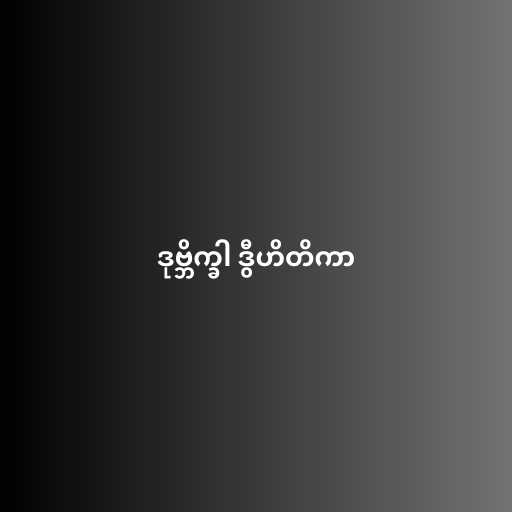
ဒုဗ္ဘိက္ခါ ဒွီဟိတိကာ